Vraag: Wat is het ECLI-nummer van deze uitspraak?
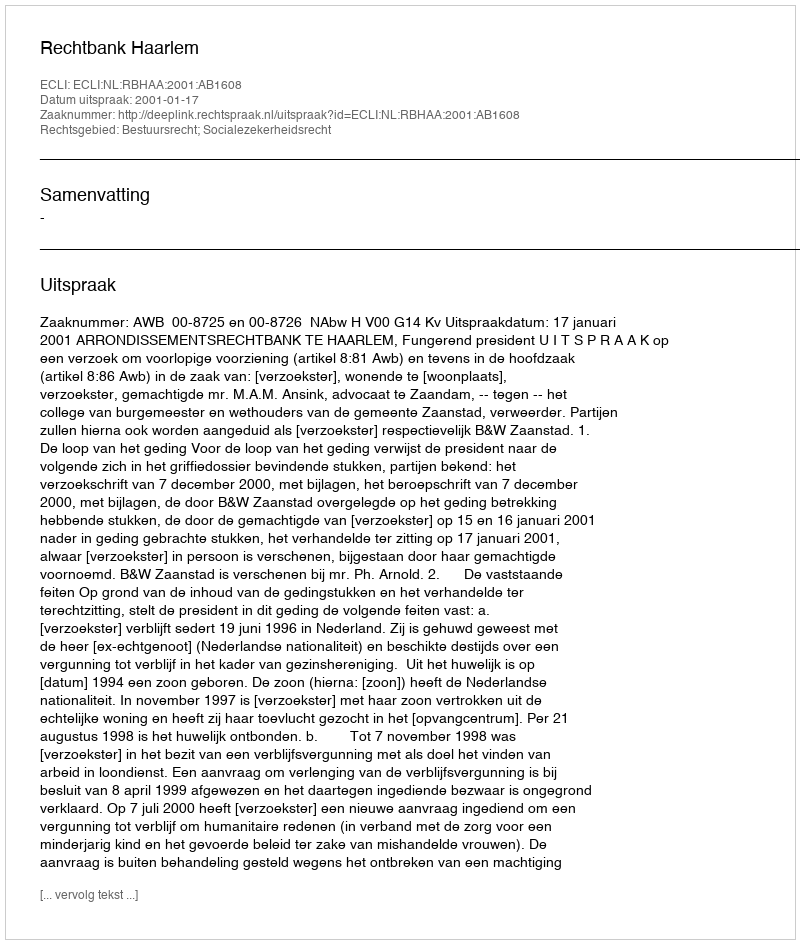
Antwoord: ECLI:NL:RBHAA:2001:AB1608